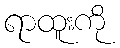
ရာထူးကို